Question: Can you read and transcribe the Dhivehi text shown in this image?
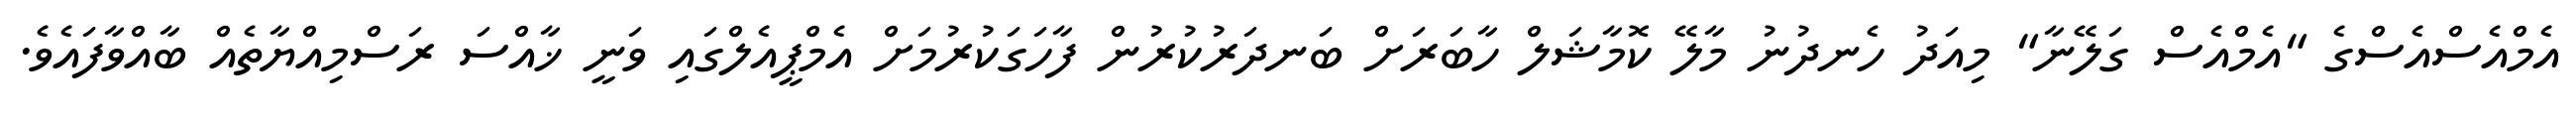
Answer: އެމްއެސްއެސްގެ "އެމްއެސް ގަލޭނާ" މިއަދު ހެނދުނު މާލޭ ކޮމާޝަލް ހާބަރަށް ބަނދަރުކުރުން ފާހަގަކުރުމަށް އެމްޕީއެލްގައި ވަނީ ޚާއްސަ ރަސްމިއްޔާތެއް ބާއްވާފައެވެ.